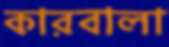
কারবালা